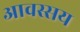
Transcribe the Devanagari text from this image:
आवस्सय